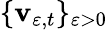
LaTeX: \{ \mathbf{v}_{\varepsilon,t}\} _{\varepsilon>0}